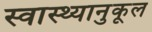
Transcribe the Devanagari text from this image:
स्वास्थ्यानुकूल